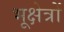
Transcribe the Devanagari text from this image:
भूक्षेत्रों